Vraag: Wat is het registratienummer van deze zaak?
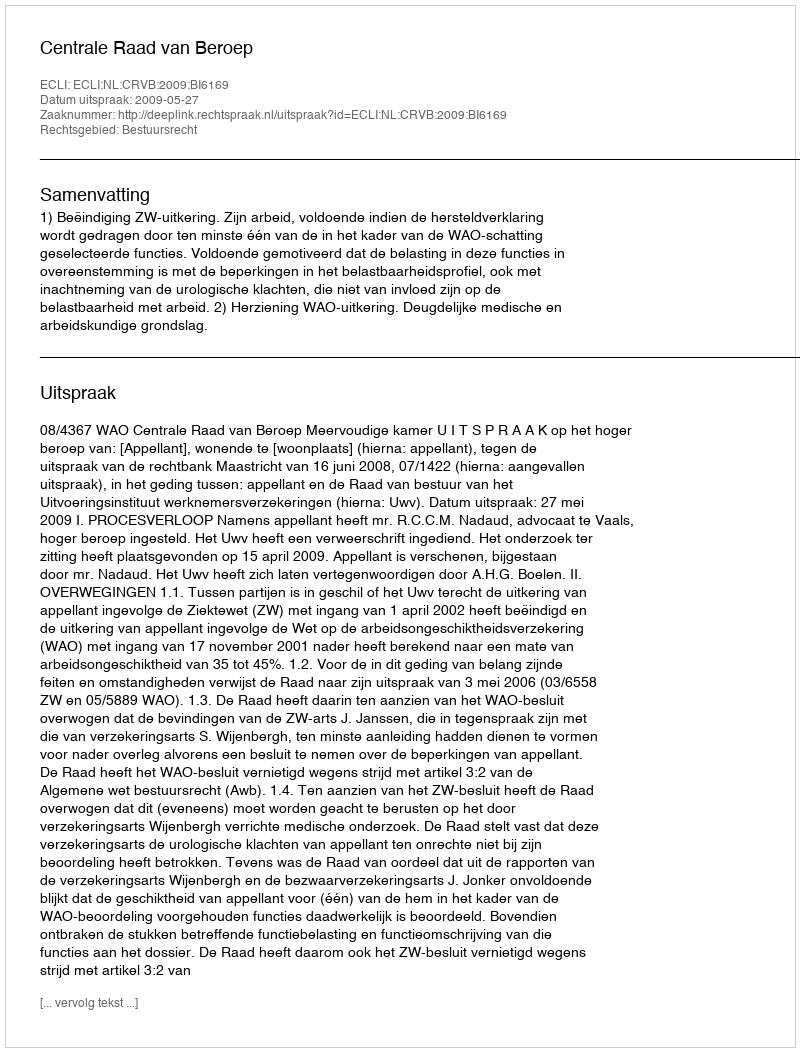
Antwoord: http://deeplink.rechtspraak.nl/uitspraak?id=ECLI:NL:CRVB:2009:BI6169